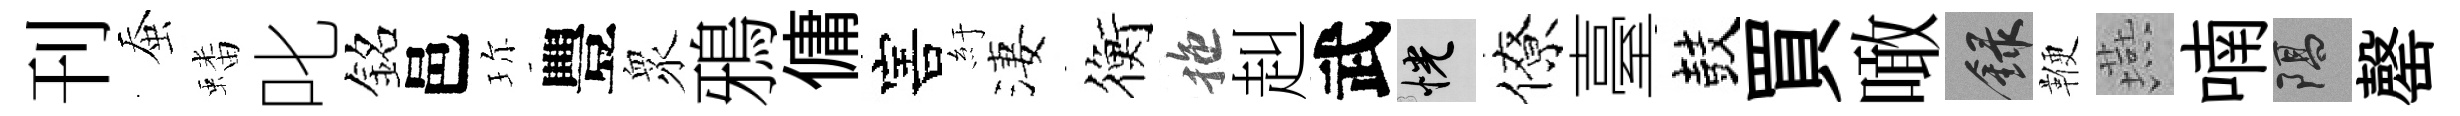
刊蚕蟠叱銘邑珎豐衆鴉傭害紆淒衡拖赳武恍僚臺鼓買噉録鞭燕喃隔罄